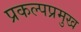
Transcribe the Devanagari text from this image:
प्रकल्पप्रमुख